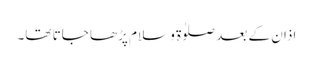
اذان کے بعد صلوٰۃ و سلام پڑھا جاتا تھا۔